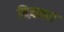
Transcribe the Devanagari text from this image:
दिवट्या